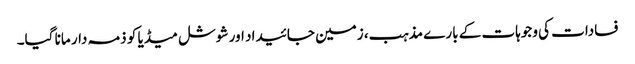
فسادات کی وجوہات کے بارے مذہب، زمین جائیداد اور شوشل میڈیا کو ذمہ دار مانا گیا۔